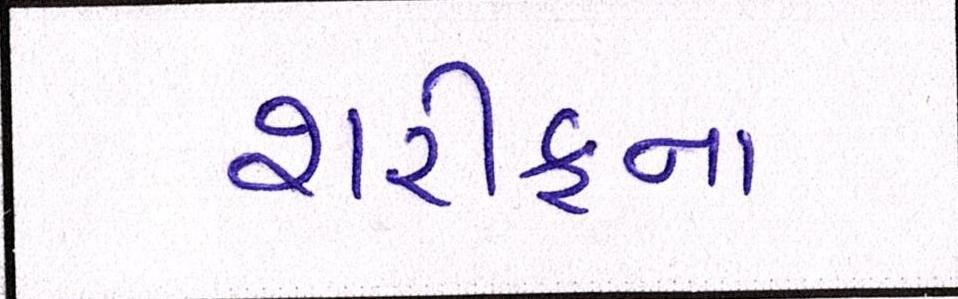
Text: શરીફના